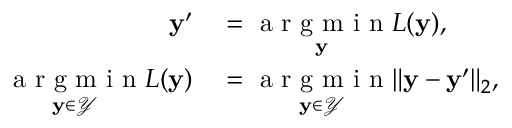
\begin{array} { r l } { \mathbf { y } ^ { \prime } } & { { } = \underset { \mathbf { y } } { \mathrm { ~ a ~ r ~ g ~ m ~ i ~ n ~ } } L ( \mathbf { y } ) , } \\ { \underset { \mathbf { y } \in \mathcal { Y } } { \mathrm { ~ a ~ r ~ g ~ m ~ i ~ n ~ } } L ( \mathbf { y } ) } & { { } = \underset { \mathbf { y } \in \mathcal { Y } } { \mathrm { ~ a ~ r ~ g ~ m ~ i ~ n ~ } } \lVert \mathbf { y } - \mathbf { y } ^ { \prime } \rVert _ { 2 } , } \end{array}